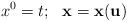
LaTeX: \begin{align*}x^0=t;~~ {\bf x} = {\bf x}({\bf u})\end{align*}